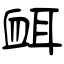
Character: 衈